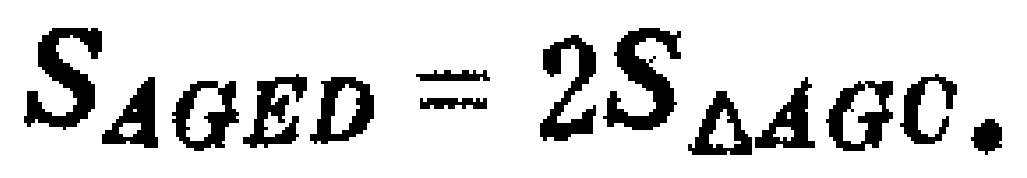
$S_{AGED}=2S_{\triangle AGC}.$